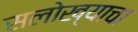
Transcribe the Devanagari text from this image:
सलोख्याचा